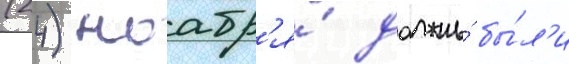
(24) ноабр'я́ должны́ бы́л'и